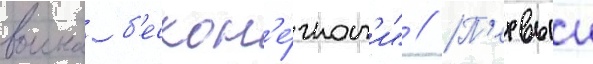
воина б'ескон'е́чност'и" // П'ервыи